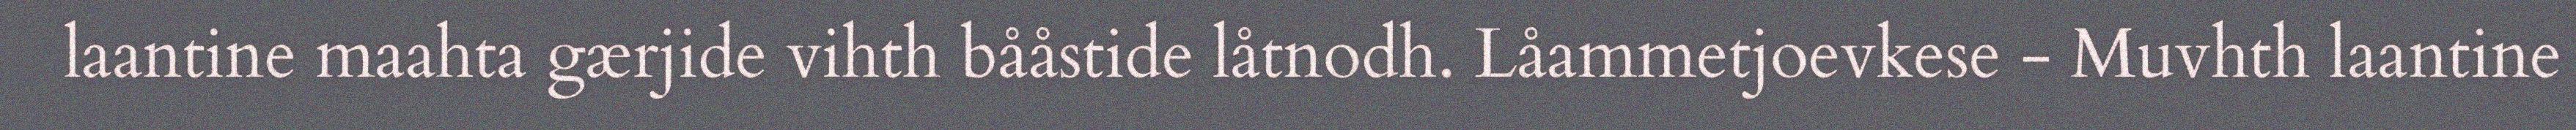
laantine maahta gærjide vihth bååstide låtnodh. Låammetjoevkese - Muvhth laantine